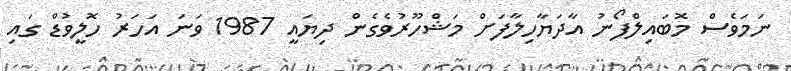
ނަމަވެސް މޮބައިލްފޯނު އާދަޔާހިލާފަށް މަޝްހޫރުވެގެން ދިޔައީ 1987 ވަނަ އަހަރު ހޮލީވުޑް ގައި